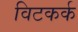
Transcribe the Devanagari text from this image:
विटकर्क